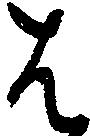
は